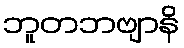
ဘူတဘဗျာနိ